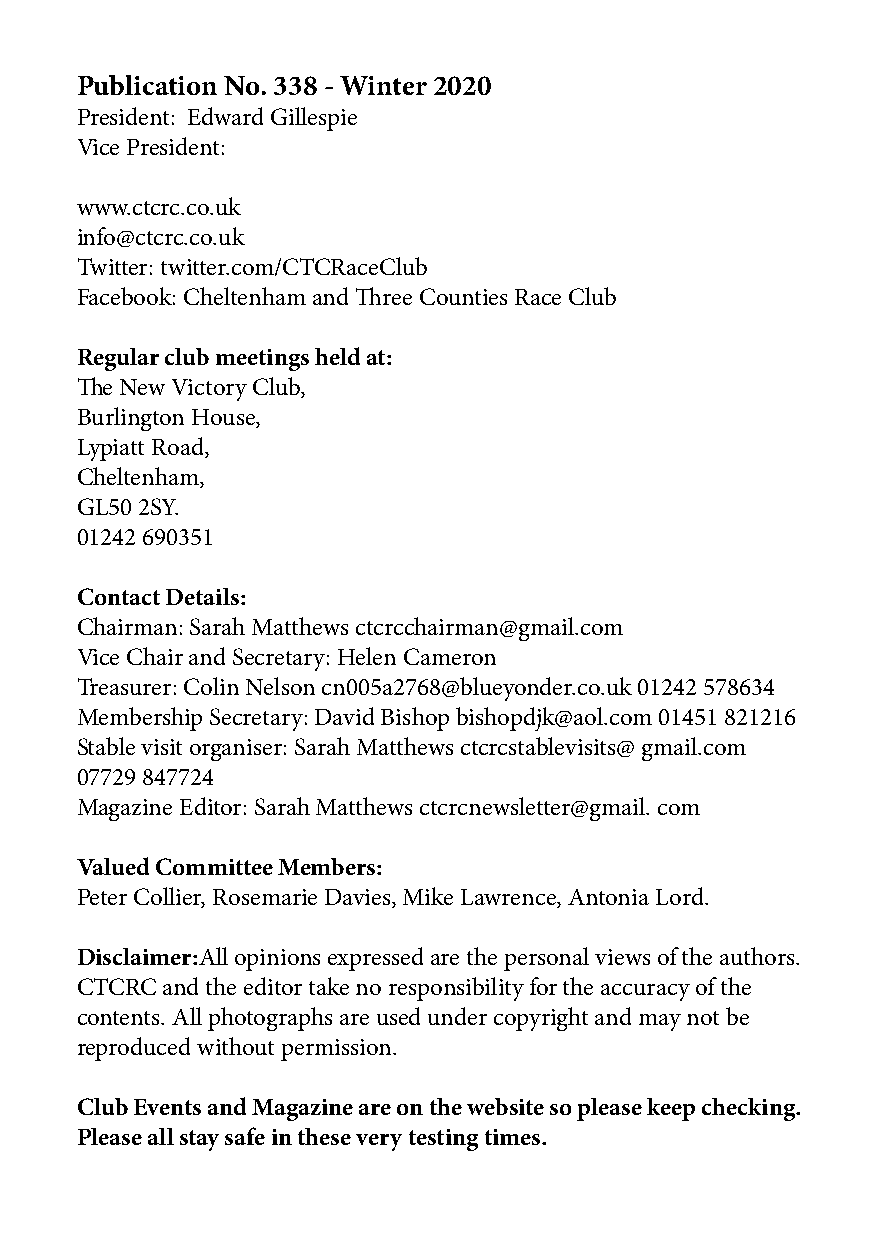
Publication No. 338 - Winter 2020
 President: Edward Gillespie
 Vice President:
 www.ctcrc.co.uk
 info@ctcrc.co.uk
 Twitter: twitter.com/CTCRaceClub
 Facebook: Cheltenham and Three Counties Race Club
 Regular club meetings held at:
 The New Victory Club,
 Burlington House,
 Lypiatt Road,
 Cheltenham,
 GL50 2SY.
 01242 690351
 Contact Details:
 Chairman: Sarah Matthews ctcrcchairman@gmail.com
 Vice Chair and Secretary: Helen Cameron
 Treasurer: Colin Nelson cn005a2768@blueyonder.co.uk 01242 578634
 Membership Secretary: David Bishop bishopdjk@aol.com 01451 821216
 Stable visit organiser: Sarah Matthews ctcrcstablevisits@ gmail.com
 07729 847724
 Magazine Editor: Sarah Matthews ctcrcnewsletter@gmail. com
 Valued Committee Members:
 Peter Collier, Rosemarie Davies, Mike Lawrence, Antonia Lord.
 Disclaimer:All opinions expressed are the personal views of the authors.
 CTCRC and the editor take no responsibility for the accuracy of the
 contents. All photographs are used under copyright and may not be
 reproduced without permission.
 Club Events and Magazine are on the website so please keep checking.
 Please all stay safe in these very testing times.